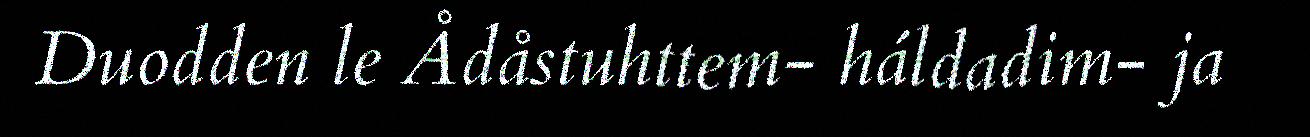
Duodden le Ådåstuhttem- háldadim- ja